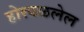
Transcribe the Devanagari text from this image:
होरपळलेल